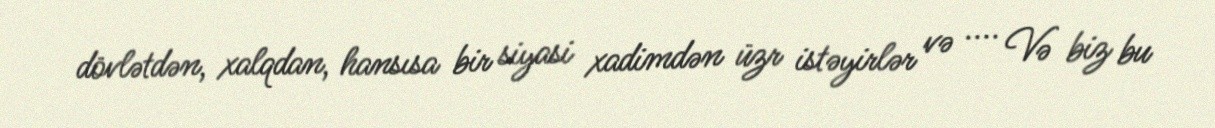
dövlətdən, xalqdan, hansısa bir siyasi xadimdən üzr istəyirlər və .... Və biz bu